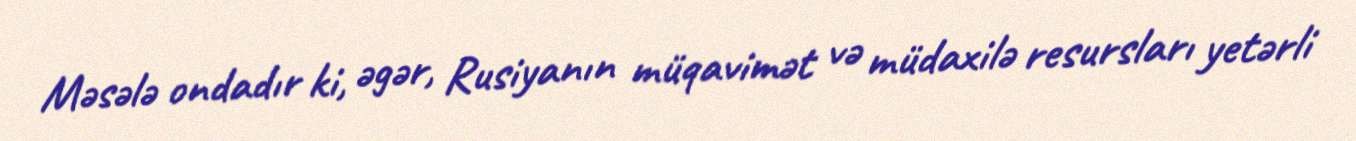
Məsələ ondadır ki, əgər, Rusiyanın müqavimət və müdaxilə resursları yetərli